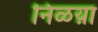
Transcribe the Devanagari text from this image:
निळय़ा